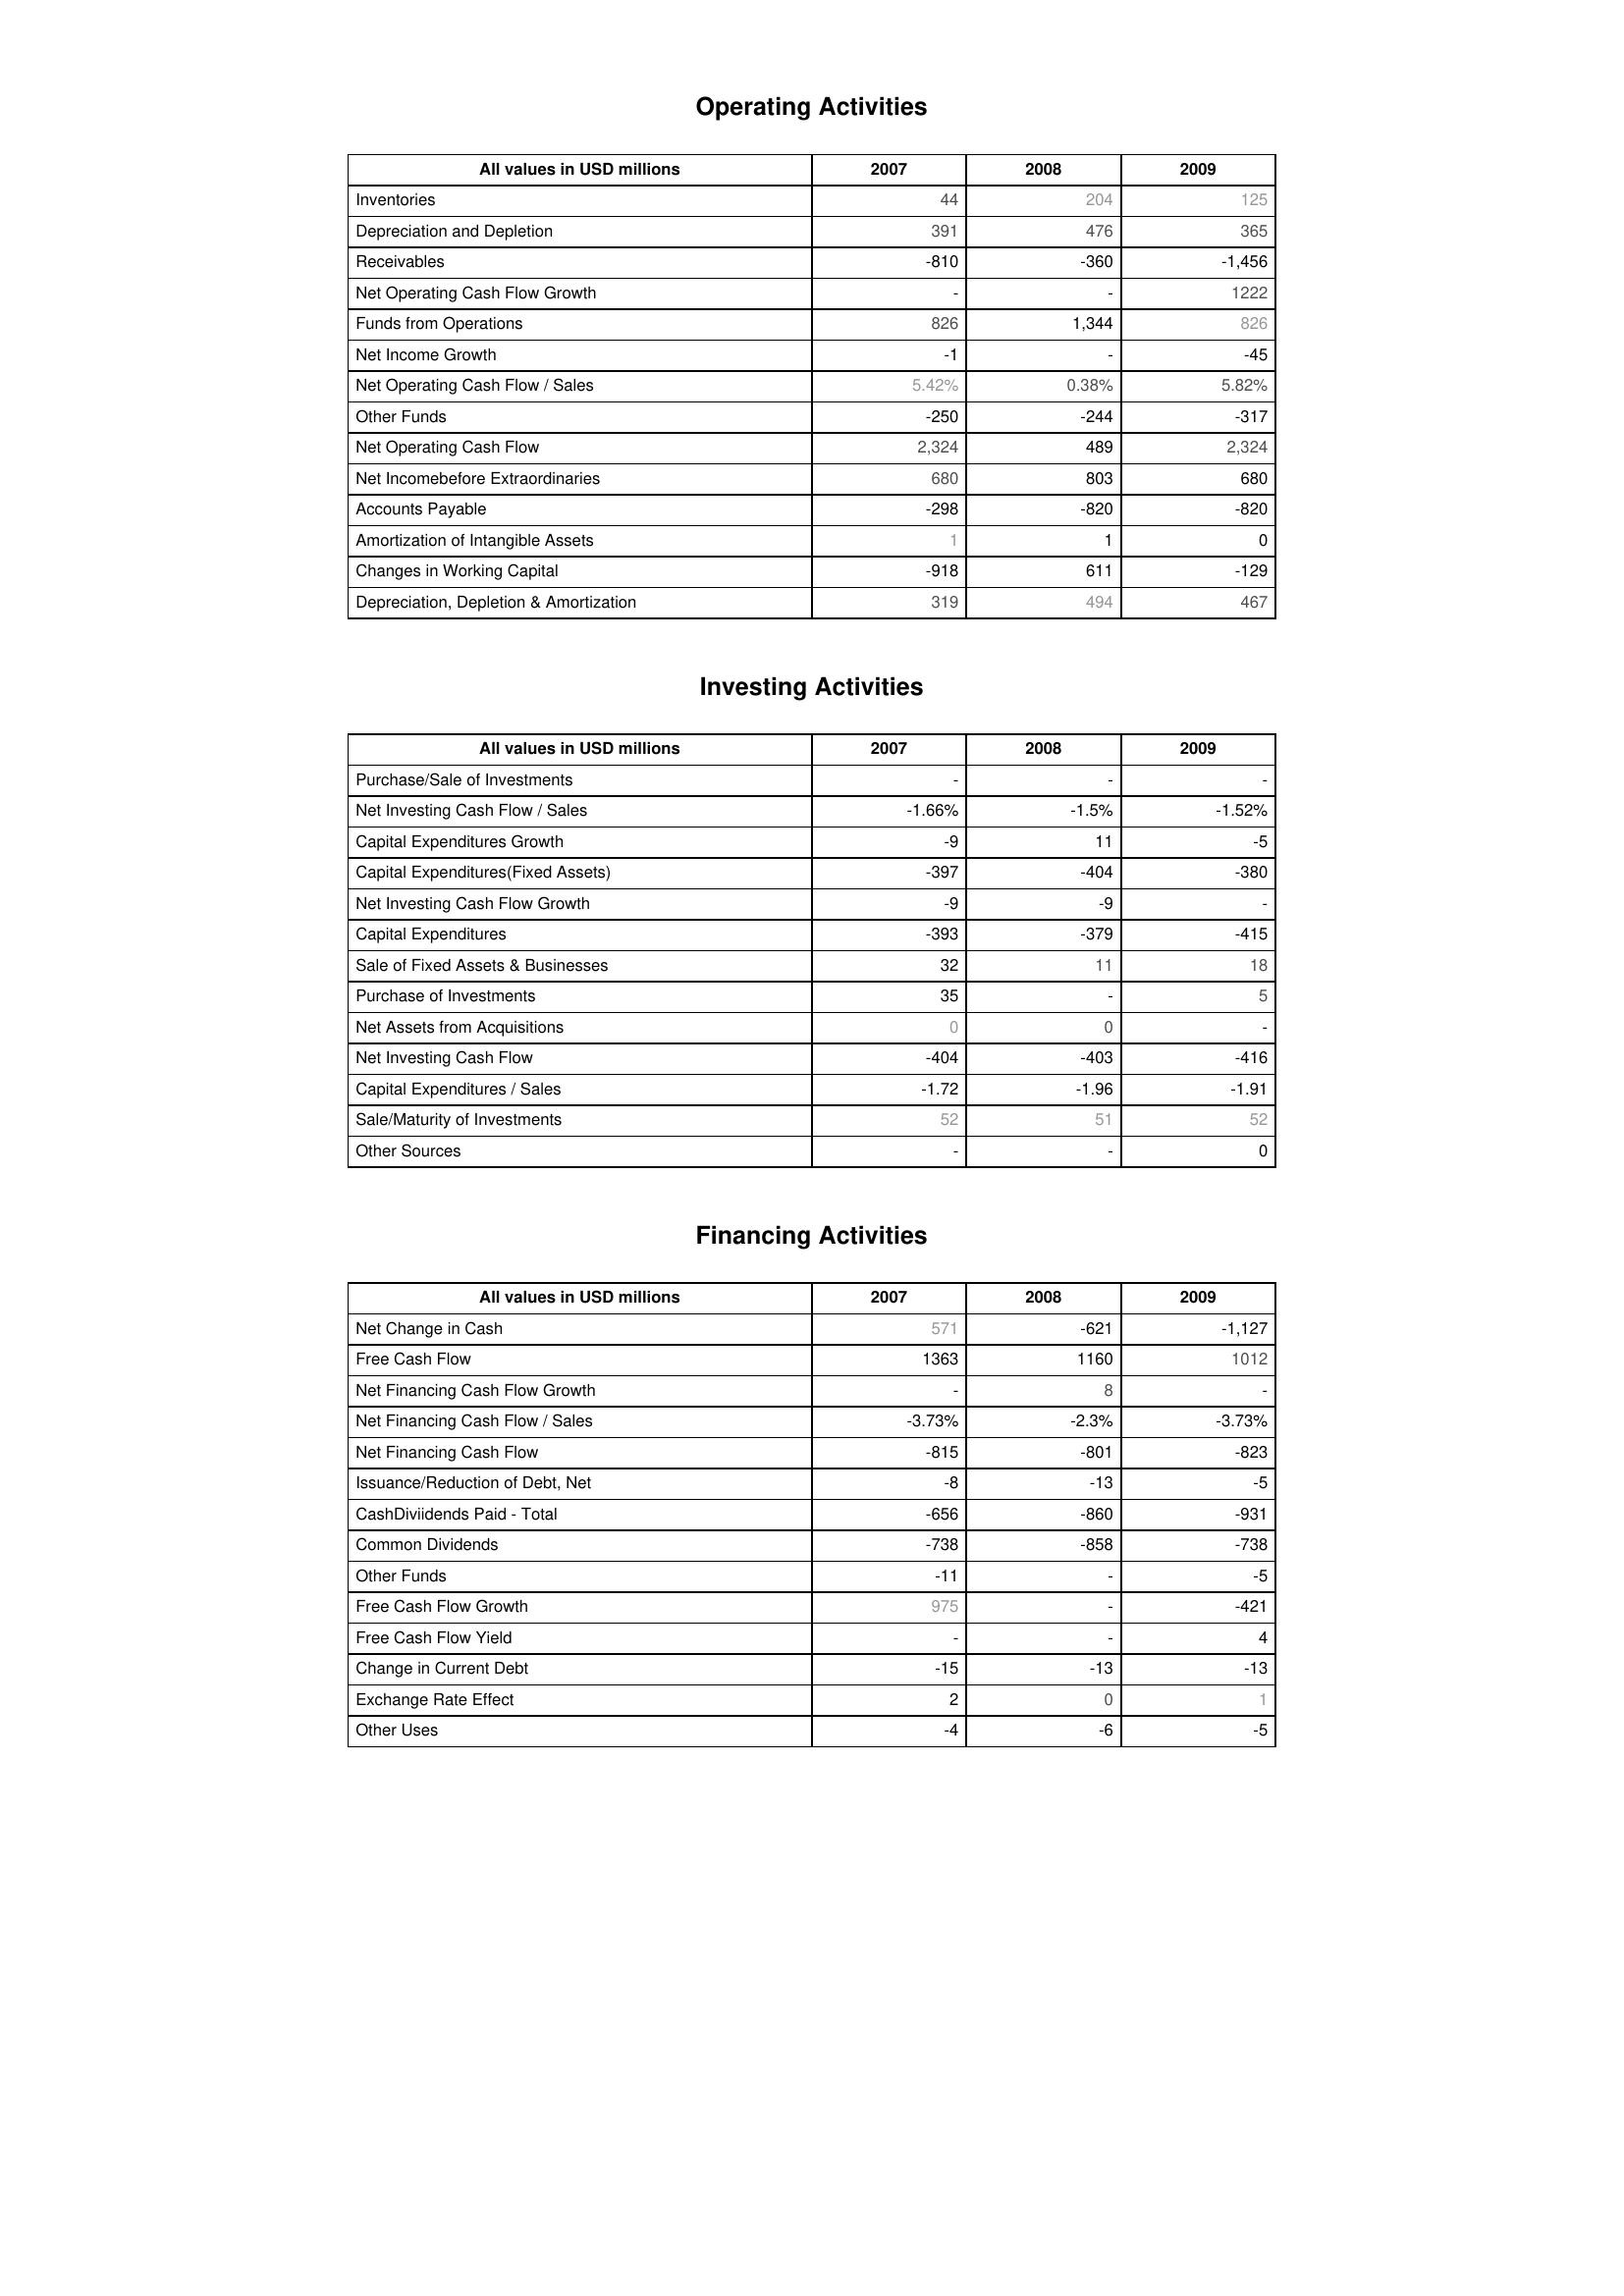
2007: Operating Activities: Inventories: 44
Depreciation and Depletion: 391
Receivables: -810
Net Operating Cash Flow Growth: -
Funds from Operations: 826
Net Income Growth: -1
Net Operating Cash Flow / Sales: 5.42%
Other Funds: -250
Net Operating Cash Flow: 2,324
Net Incomebefore Extraordinaries: 680
Accounts Payable: -298
Amortization of Intangible Assets: 1
Changes in Working Capital: -918
Depreciation, Depletion & Amortization: 319
Investing Activities: Purchase/Sale of Investments: -
Net Investing Cash Flow / Sales: -1.66%
Capital Expenditures Growth: -9
Capital Expenditures(Fixed Assets): -397
Net Investing Cash Flow Growth: -9
Capital Expenditures: -393
Sale of Fixed Assets & Businesses: 32
Purchase of Investments: 35
Net Assets from Acquisitions: 0
Net Investing Cash Flow: -404
Capital Expenditures / Sales: -1.72
Sale/Maturity of Investments: 52
Other Sources: -
Financing Activities: Net Change in Cash: 571
Free Cash Flow: 1363
Net Financing Cash Flow Growth: -
Net Financing Cash Flow / Sales: -3.73%
Net Financing Cash Flow: -815
Issuance/Reduction of Debt, Net: -8
CashDiviidends Paid - Total: -656
Common Dividends: -738
Other Funds: -11
Free Cash Flow Growth: 975
Free Cash Flow Yield: -
Change in Current Debt: -15
Exchange Rate Effect: 2
Other Uses: -4
2008: Operating Activities: Inventories: 204
Depreciation and Depletion: 476
Receivables: -360
Net Operating Cash Flow Growth: -
Funds from Operations: 1,344
Net Income Growth: -
Net Operating Cash Flow / Sales: 0.38%
Other Funds: -244
Net Operating Cash Flow: 489
Net Incomebefore Extraordinaries: 803
Accounts Payable: -820
Amortization of Intangible Assets: 1
Changes in Working Capital: 611
Depreciation, Depletion & Amortization: 494
Investing Activities: Purchase/Sale of Investments: -
Net Investing Cash Flow / Sales: -1.5%
Capital Expenditures Growth: 11
Capital Expenditures(Fixed Assets): -404
Net Investing Cash Flow Growth: -9
Capital Expenditures: -379
Sale of Fixed Assets & Businesses: 11
Purchase of Investments: -
Net Assets from Acquisitions: 0
Net Investing Cash Flow: -403
Capital Expenditures / Sales: -1.96
Sale/Maturity of Investments: 51
Other Sources: -
Financing Activities: Net Change in Cash: -621
Free Cash Flow: 1160
Net Financing Cash Flow Growth: 8
Net Financing Cash Flow / Sales: -2.3%
Net Financing Cash Flow: -801
Issuance/Reduction of Debt, Net: -13
CashDiviidends Paid - Total: -860
Common Dividends: -858
Other Funds: -
Free Cash Flow Growth: -
Free Cash Flow Yield: -
Change in Current Debt: -13
Exchange Rate Effect: 0
Other Uses: -6
2009: Operating Activities: Inventories: 125
Depreciation and Depletion: 365
Receivables: -1,456
Net Operating Cash Flow Growth: 1222
Funds from Operations: 826
Net Income Growth: -45
Net Operating Cash Flow / Sales: 5.82%
Other Funds: -317
Net Operating Cash Flow: 2,324
Net Incomebefore Extraordinaries: 680
Accounts Payable: -820
Amortization of Intangible Assets: 0
Changes in Working Capital: -129
Depreciation, Depletion & Amortization: 467
Investing Activities: Purchase/Sale of Investments: -
Net Investing Cash Flow / Sales: -1.52%
Capital Expenditures Growth: -5
Capital Expenditures(Fixed Assets): -380
Net Investing Cash Flow Growth: -
Capital Expenditures: -415
Sale of Fixed Assets & Businesses: 18
Purchase of Investments: 5
Net Assets from Acquisitions: -
Net Investing Cash Flow: -416
Capital Expenditures / Sales: -1.91
Sale/Maturity of Investments: 52
Other Sources: 0
Financing Activities: Net Change in Cash: -1,127
Free Cash Flow: 1012
Net Financing Cash Flow Growth: -
Net Financing Cash Flow / Sales: -3.73%
Net Financing Cash Flow: -823
Issuance/Reduction of Debt, Net: -5
CashDiviidends Paid - Total: -931
Common Dividends: -738
Other Funds: -5
Free Cash Flow Growth: -421
Free Cash Flow Yield: 4
Change in Current Debt: -13
Exchange Rate Effect: 1
Other Uses: -5